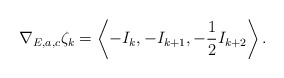
\begin{align*}\nabla_{E,a,c}\zeta_k=\left<-I_k,-I_{k+1},-\frac{1}{2}I_{k+2}\right>.\end{align*}